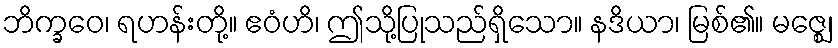
ဘိက္ခဝေ၊ ရဟန်းတို့။ ဧဝံဟိ၊ ဤသို့ပြုသည်ရှိသော။ နဒိယာ၊ မြစ်၏။ မဇ္ဈေ၊